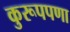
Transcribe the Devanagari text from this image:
कुरूपपणा